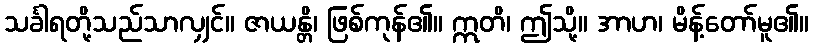
သင်္ခါရတို့သည်သာလျှင်။ ဇာယန္တိ၊ ဖြစ်ကုန်၏။ ဣတိ၊ ဤသို့။ အာဟ၊ မိန့်တော်မူ၏။